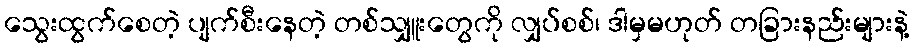
သွေးထွက်စေတဲ့ ပျက်စီးနေတဲ့ တစ်သျှူးတွေကို လျှပ်စစ်၊ ဒါမှမဟုတ် တခြားနည်းများနဲ့